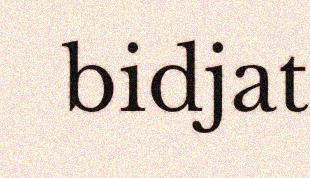
bidjat